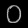
Digit: ၀